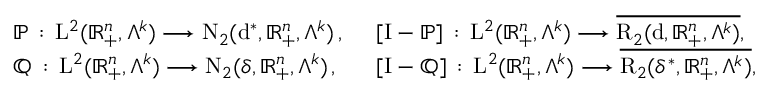
\begin{array} { r } { \begin{array} { c l l } & { \mathbb { P } \, : \, \mathrm { L } ^ { 2 } ( \mathbb { R } _ { + } ^ { n } , \Lambda ^ { k } ) \longrightarrow \mathrm { N } _ { 2 } ( \mathrm { d } ^ { \ast } , \mathbb { R } _ { + } ^ { n } , \Lambda ^ { k } ) \, \mathrm { , ~ } \, } & { [ \mathrm { I } - \mathbb { P } ] \, : \, \mathrm { L } ^ { 2 } ( \mathbb { R } _ { + } ^ { n } , \Lambda ^ { k } ) \longrightarrow \overline { { \mathrm { R } _ { 2 } ( \mathrm { d } , \mathbb { R } _ { + } ^ { n } , \Lambda ^ { k } ) } } \mathrm { , ~ } } \\ & { \mathbb { Q } \, : \, \mathrm { L } ^ { 2 } ( \mathbb { R } _ { + } ^ { n } , \Lambda ^ { k } ) \longrightarrow \mathrm { N } _ { 2 } ( \delta , \mathbb { R } _ { + } ^ { n } , \Lambda ^ { k } ) \, \mathrm { , ~ } \, } & { [ \mathrm { I } - \mathbb { Q } ] \, : \, \mathrm { L } ^ { 2 } ( \mathbb { R } _ { + } ^ { n } , \Lambda ^ { k } ) \longrightarrow \overline { { \mathrm { R } _ { 2 } ( \delta ^ { \ast } , \mathbb { R } _ { + } ^ { n } , \Lambda ^ { k } ) } } \mathrm { , ~ } } \end{array} } \end{array}